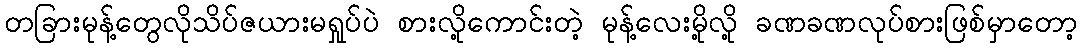
တခြားမုန့်တွေလိုသိပ်ဇယားမရှုပ်ပဲ စားလို့ကောင်းတဲ့ မုန့်လေးမို့လို့ ခဏခဏလုပ်စားဖြစ်မှာတော့